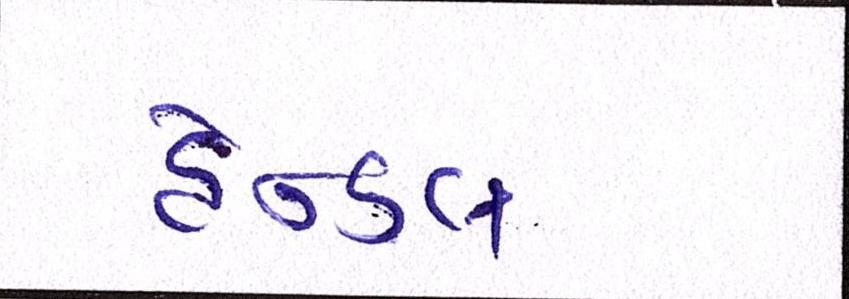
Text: હેન્ડલ